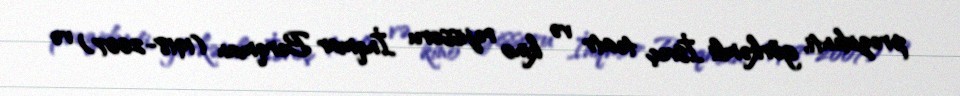
prezidenti, görkəmli İsveç teatr və kino rejissoru İnqmar Berqman (1918-2007) və